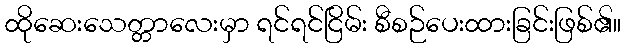
ထိုဆေးသေတ္တာလေးမှာ ရင်ရင်ငြိမ်း စီစဉ်ပေးထားခြင်းဖြစ်၏။